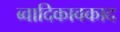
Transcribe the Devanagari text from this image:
ब्वादिकावकाद